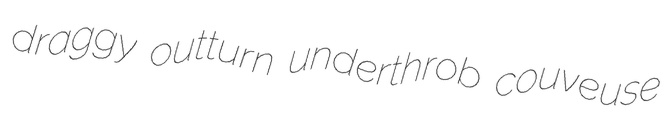
draggy outturn underthrob couveuse